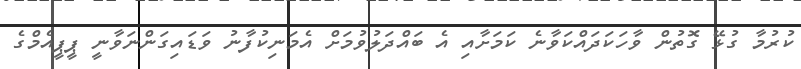
ކުރުމާ ގުޅޭ ގޮތުން ވާހަކަދައްކަވާނެ ކަމަށާއި އެ ބައްދަލުވުމަށް އެމަނިކުފާނު ވަޑައިގަންނަވާނީ ޕީޕީއެމްގެ